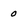
Character: 0